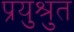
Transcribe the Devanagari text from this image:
प्रयुश्रुत